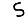
Digit: 5